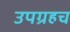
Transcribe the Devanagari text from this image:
उपग्रहच